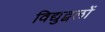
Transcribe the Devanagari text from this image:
विद्युद्बलों